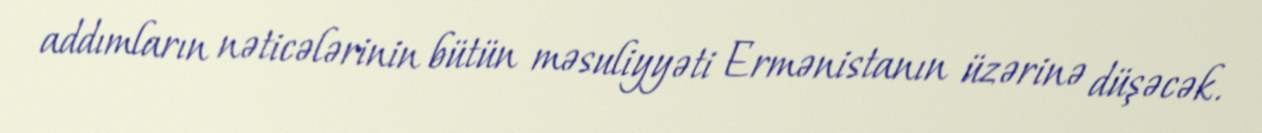
addımların nəticələrinin bütün məsuliyyəti Ermənistanın üzərinə düşəcək.